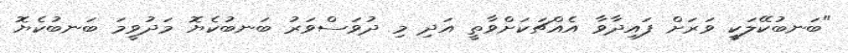
"ބަނބުކޭލަކީ ވަރަށް ފައިދާވާ އެއްޗަކަށްވާތީ އަދި މި ދުވަސްވަރު ބަނބުކެޔޮ މަދުވީމަ ބަނބުކެޔޮ